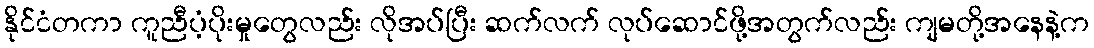
နိုင်ငံတကာ ကူညီပံ့ပိုးမှုတွေလည်း လိုအပ်ပြီး ဆက်လက် လုပ်ဆောင်ဖို့အတွက်လည်း ကျမတို့အနေနဲ့က